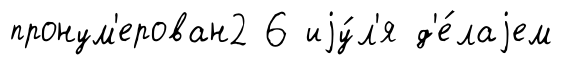
пронум'ерован2 6 иjу́л'я д'е́лаjем